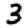
Digit: 3